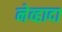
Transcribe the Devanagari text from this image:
नेव्हादा